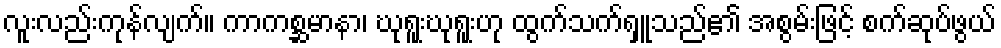
လူးလည်းကုန်လျက်။ ကာကစ္ဆမာနာ၊ ဃုရူးဃုရူးဟု ထွက်သက်ရှူသည်၏ အစွမ်းဖြင့် စက်ဆုပ်ဖွယ်